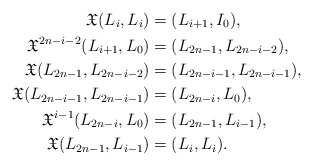
\begin{align*}\mathfrak{X}(L_i, L_i)&=(L_{i+1}, I_0),\\\mathfrak{X}^{2n-i-2}(L_{i+1}, L_0)&=(L_{2n-1}, L_{2n-i-2}),\\\mathfrak{X}(L_{2n-1}, L_{2n-i-2})&=(L_{2n-i-1}, L_{2n-i-1}),\\\mathfrak{X}(L_{2n-i-1}, L_{2n-i-1})&=(L_{2n-i}, L_{0}),\\\mathfrak{X}^{i-1}(L_{2n-i}, L_{0})&=(L_{2n-1}, L_{i-1}),\\\mathfrak{X}(L_{2n-1}, L_{i-1})&=(L_{i}, L_{i}).\end{align*}